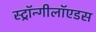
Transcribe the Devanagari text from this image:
स्ट्रॉन्गीलॉएडस